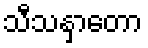
သီသနှာတော